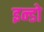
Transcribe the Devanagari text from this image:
इन्डो